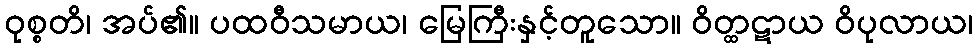
ဝုစ္စတိ၊ အပ်၏။ ပထဝီသမာယ၊ မြေကြီးနှင့်တူသော။ ဝိတ္ထဋာယ ဝိပုလာယ၊